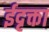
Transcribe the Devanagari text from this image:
ईदृक्ता